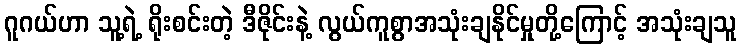
ဂူဂယ်ဟာ သူ့ရဲ့ ရိုးစင်းတဲ့ ဒီဇိုင်းနဲ့ လွယ်ကူစွာအသုံးချနိုင်မှုတို့ကြောင့် အသုံးချသူ